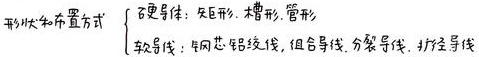
形状和布置方式
\begin{cases}
直良导体：矢矩形、槽形、管形 \\
软导线：钢芯铝绞线、组合导线、分裂导线、扩径导线
\end{cases}